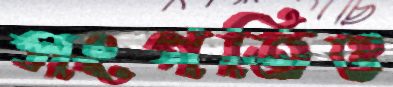
সংগতিও